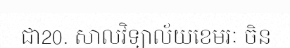
ជា20. សាលវិទ្យាល័យខេមរៈ ចិន